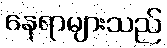
နေရာများသည်